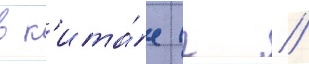
в к'ита́е (г //